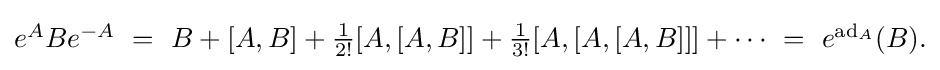
{\textstyle e^{A}Be^{-A}\ =\ B+[A,B]+{\frac {1}{2!}}[A,[A,B]]+{\frac {1}{3!}}[A,[A,[A,B]]]+\cdots \ =\ e^{\operatorname {ad} _{A}}(B).}